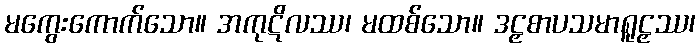
မကွေးကောက်သော။ အကုဋိလဿ၊ မထစ်သော။ ဒဠှစာပသမာရူဠှဿ၊